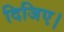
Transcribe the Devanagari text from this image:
दिजिए।